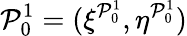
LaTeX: \mathcal{P}_{0}^{1}=(\xi^{\mathcal{P}_{0}^{1}},\eta^{\mathcal{P}_{0}^{1}})